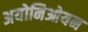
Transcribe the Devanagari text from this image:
अयोनिओयन